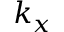
k _ { x }